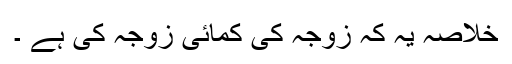
خلاصہ یہ کہ زوجہ کی کمائی زوجہ کی ہے ۔